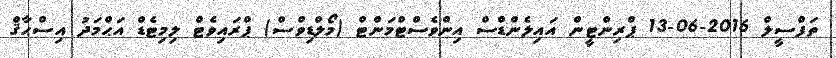
ތަފްސީލް 2016-06-13 ޕްރިންޓީން އައިލެންޑްސް އިންވެސްޓްމަންޓް (މޯލްޑިވްސް) ޕްރައިވެޓް ލިމިޓެޑް އަޙްމަދު އިސްޙާޤް